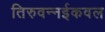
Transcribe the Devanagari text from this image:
तिरुवन्नईकवल